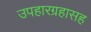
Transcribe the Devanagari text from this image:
उपहारग्रहासह